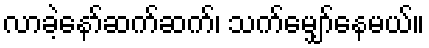
လာခဲ့နော်ဆက်ဆက်၊ သက်မျှော်နေမယ်။